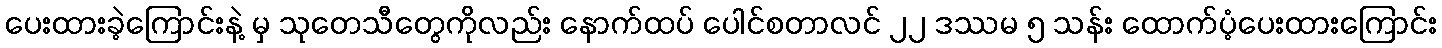
ပေးထားခဲ့ကြောင်းနဲ့ မှ သုတေသီတွေကိုလည်း နောက်ထပ် ပေါင်စတာလင် ၂၂ ဒဿမ ၅ သန်း ထောက်ပံ့ပေးထားကြောင်း